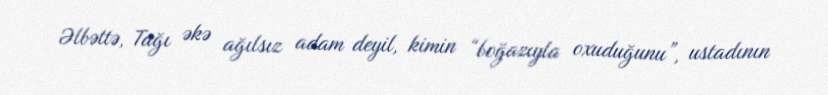
Əlbəttə, Tağı əkə ağılsız adam deyil, kimin “boğazıyla oxuduğunu”, ustadının